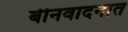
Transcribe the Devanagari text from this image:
बीनवादनात